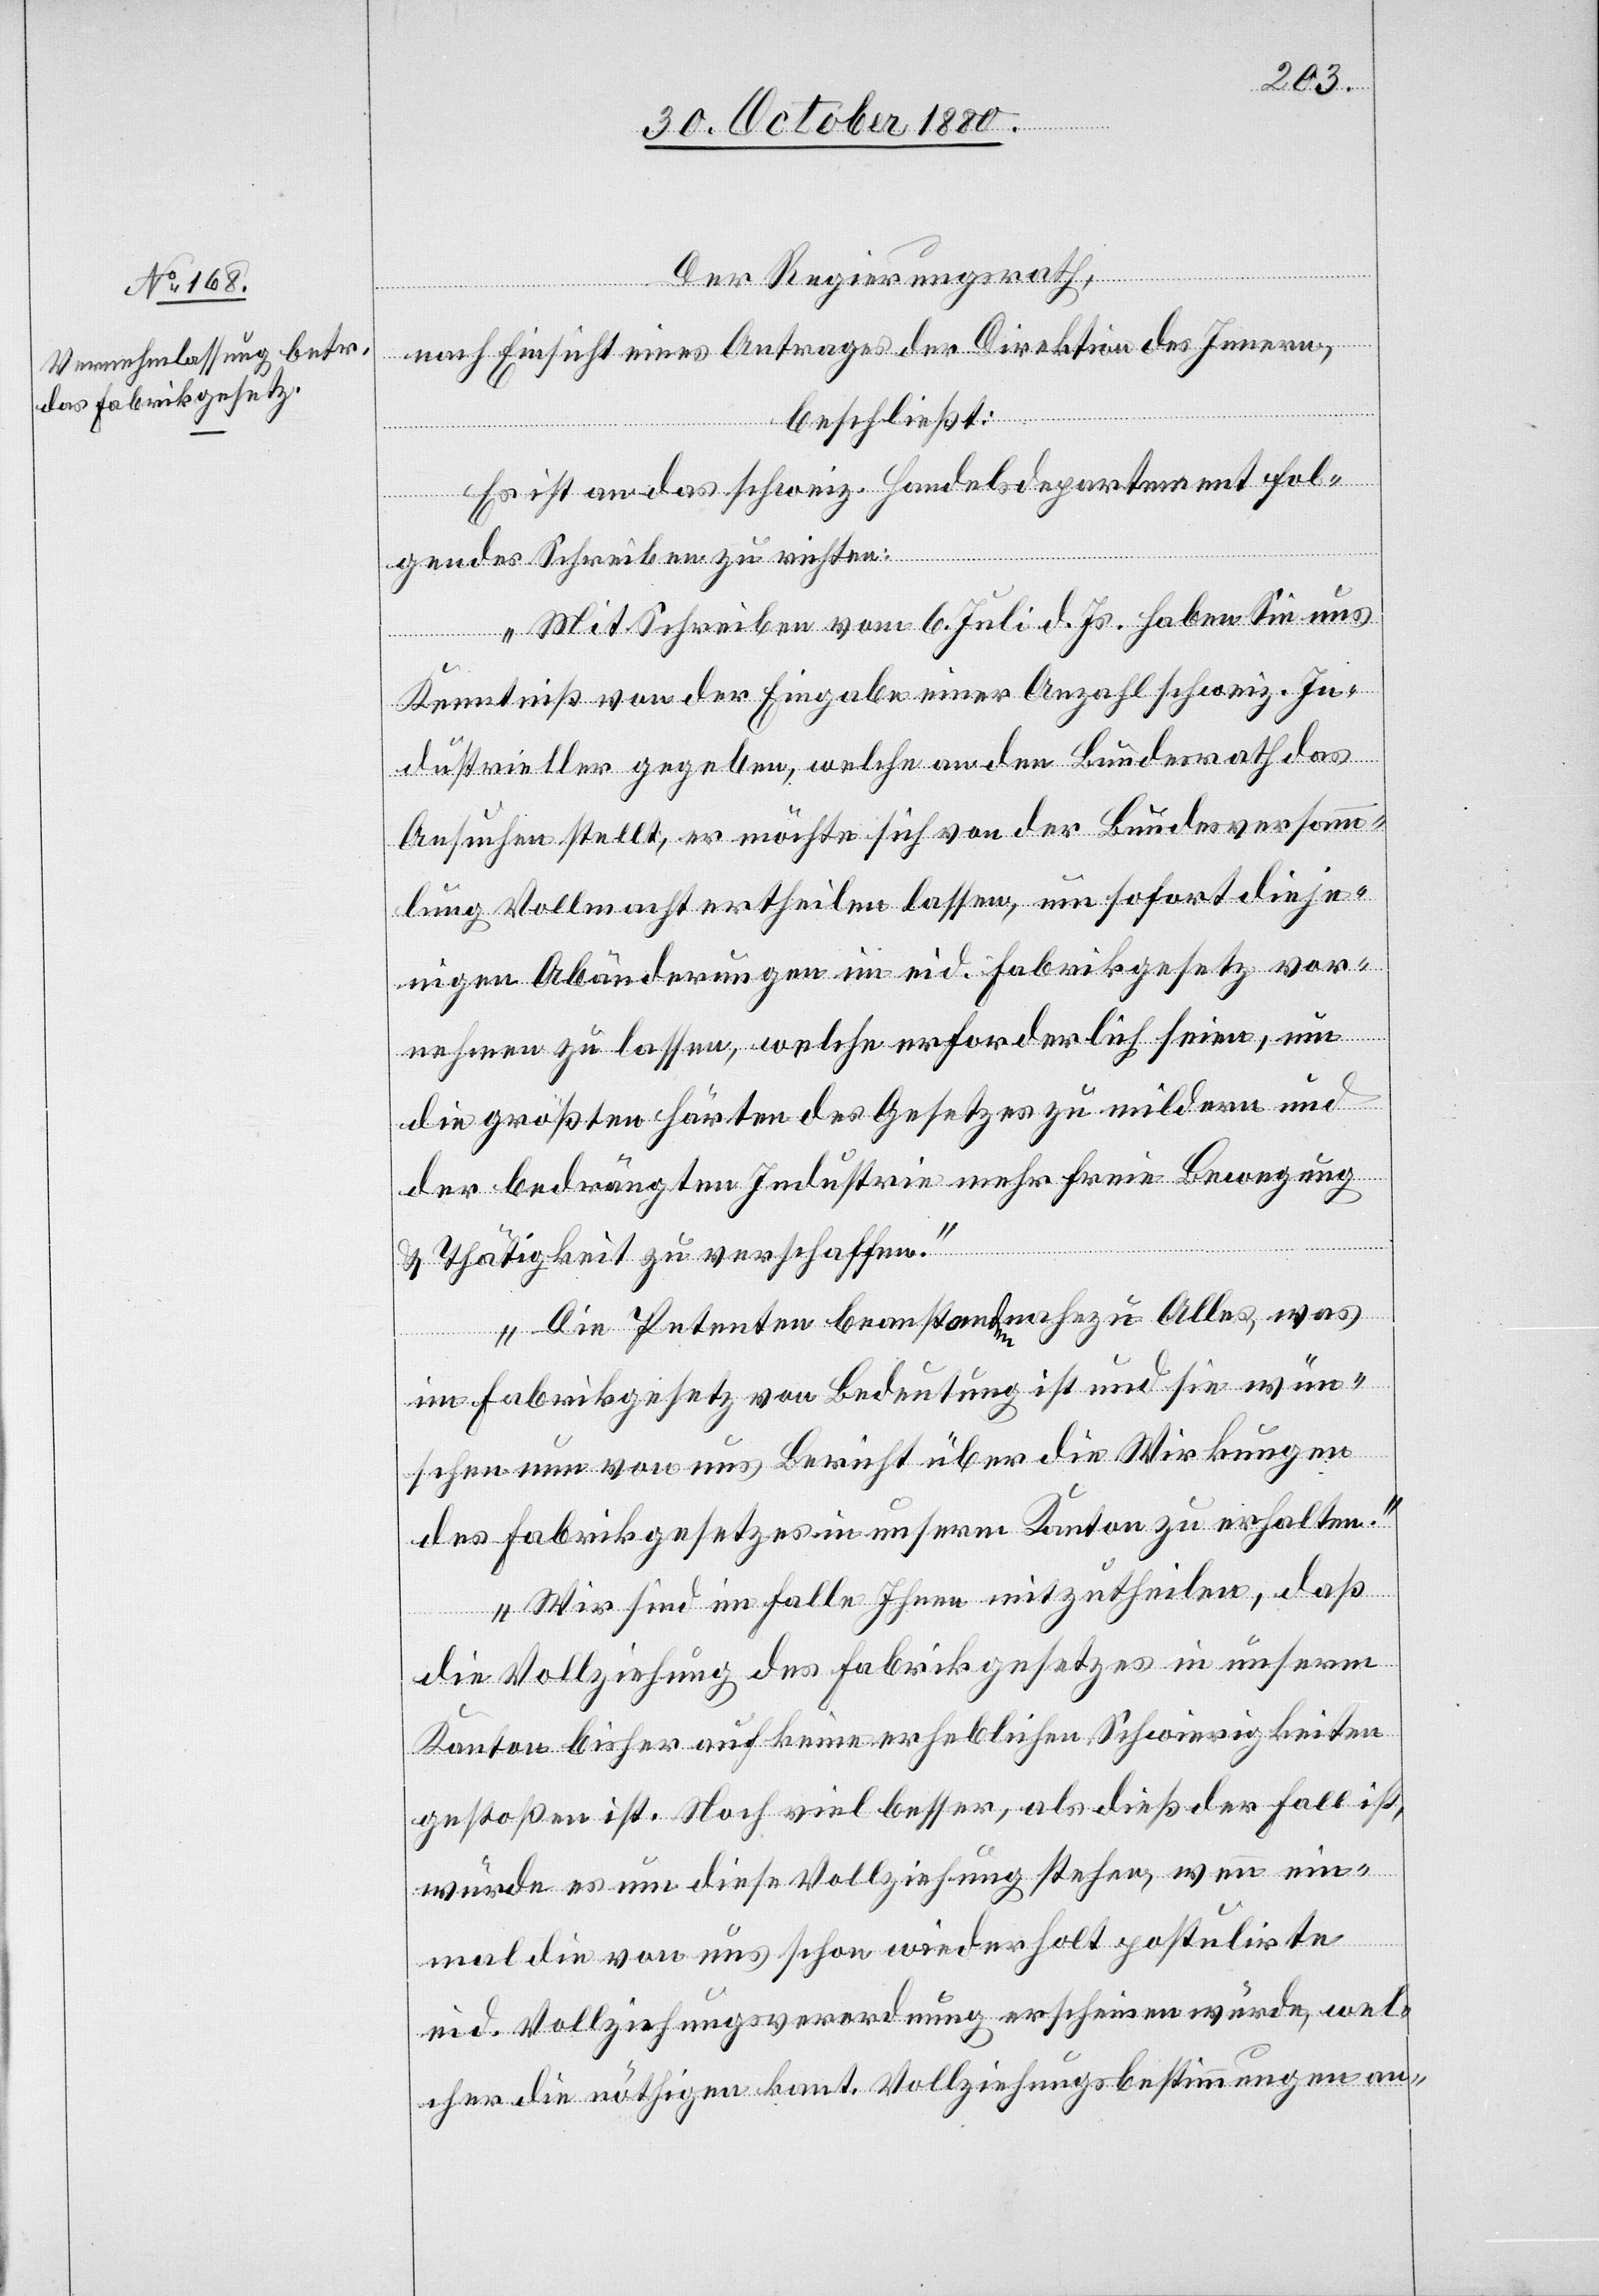
Der Regierungsrath,
nach Einsicht eines Antrages der Direktion des Innern,
beschließt:
Es ist an das schweiz. Handelsdepartement fol¬
gendes Schreiben zu richten:
„Mit Schreiben vom 6. Juli d. Js haben Sie uns
Kenntniß von der Eingabe einer Anzahl schweiz. In¬
dustrieller gegeben, welche an den Bundesrath das
Ansuchen stellt, er möchte sich von der Bundesversamm¬
lung Vollmacht ertheilen lassen, um sofort dieje¬
nigen Abänderungen im eid. Fabrikgesetz vor¬
nehmen zu lassen, welche erforderlich seien, um
die größten Härten des Gesetzes zu mildern und
der bedrängten Industrie mehr freie Bewegung
& Thätigkeit zu verschaffen.
Die Petenten beanstanden nahezu Alles, was
im Fabrikgesetz von Bedeutung ist und sie wün¬
schen nun von uns Bericht über die Wirkungen
des Fabrikgesetzes in unserm Kanton zu erhalten.
Wir sind im Falle Ihnen mitzutheilen, daß
die Vollziehung des Fabrikgesetzes in unserm
Kanton bisher auf keine erheblichen Schwierigkeiten
gestoßen ist. Noch viel besser, als dieß der Fall ist,
würde es um diese Vollziehung stehen, wenn ein¬
mal die von uns schon wiederholt postulirte
eid. Vollziehungsverordnung erschienen würde, wel¬
cher die nöthigen kant. Vollziehungsbestimmungen an-